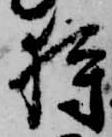
狩